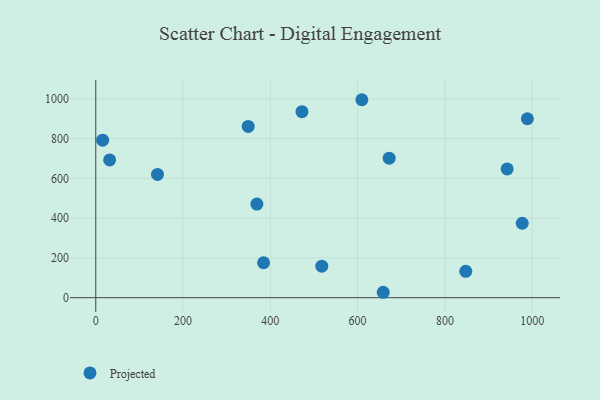
{"axis": {"x": "Ad Spend", "y": "Exam Score"}, "legend": ["Projected"], "data": [{"x": "989.0", "y": 899.9, "type": "Projected"}, {"x": "847.8", "y": 132.6, "type": "Projected"}, {"x": "672.3", "y": 701.5, "type": "Projected"}, {"x": "658.7", "y": 27.3, "type": "Projected"}, {"x": "369.2", "y": 471.0, "type": "Projected"}, {"x": "15.7", "y": 792.1, "type": "Projected"}, {"x": "942.7", "y": 647.8, "type": "Projected"}, {"x": "517.9", "y": 158.8, "type": "Projected"}, {"x": "384.5", "y": 175.7, "type": "Projected"}, {"x": "609.7", "y": 995.6, "type": "Projected"}, {"x": "472.5", "y": 935.6, "type": "Projected"}, {"x": "349.3", "y": 861.2, "type": "Projected"}, {"x": "141.4", "y": 620.0, "type": "Projected"}, {"x": "977.2", "y": 374.3, "type": "Projected"}, {"x": "31.8", "y": 692.9, "type": "Projected"}]}